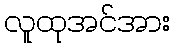
လူထုအင်အား